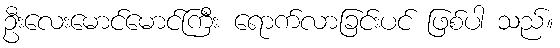
ဦးလေးမောင်မောင်ကြီး ရောက်လာခြင်းပင် ဖြစ်ပါ သည်။